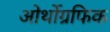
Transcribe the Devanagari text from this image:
ओर्थोग्रफिक